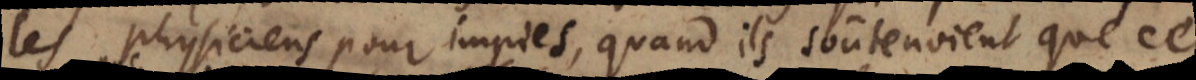
les physiciens pour impies, quand ils soûtenoient que ce